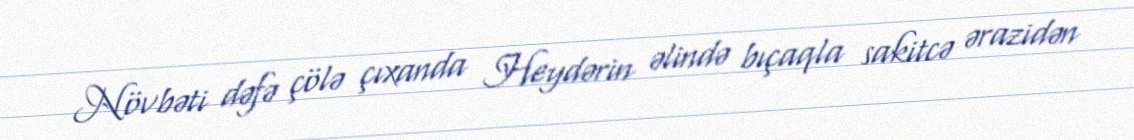
Növbəti dəfə çölə çıxanda Heydərin əlində bıçaqla sakitcə ərazidən